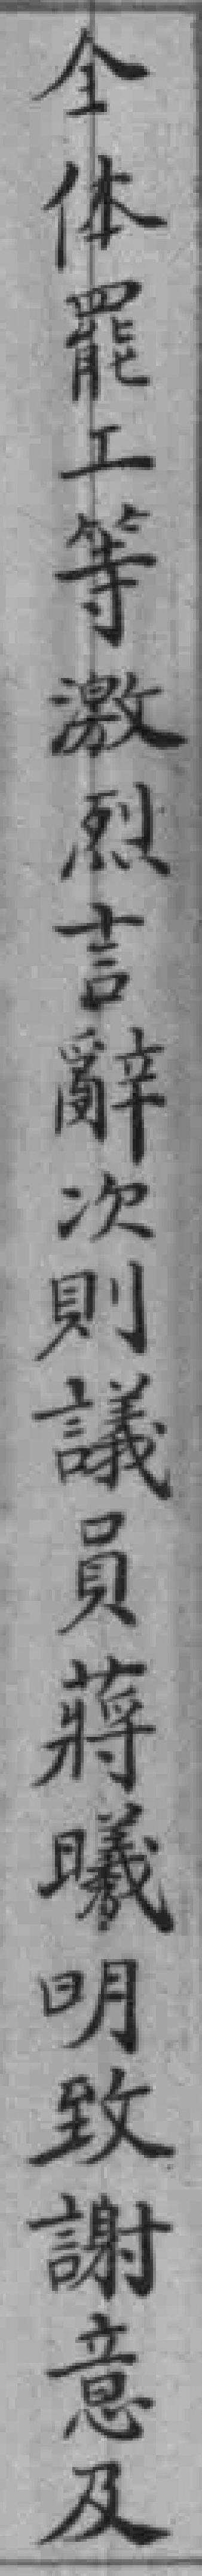
全体罷工等激烈言辭次則議員蔣曦明致謝意及